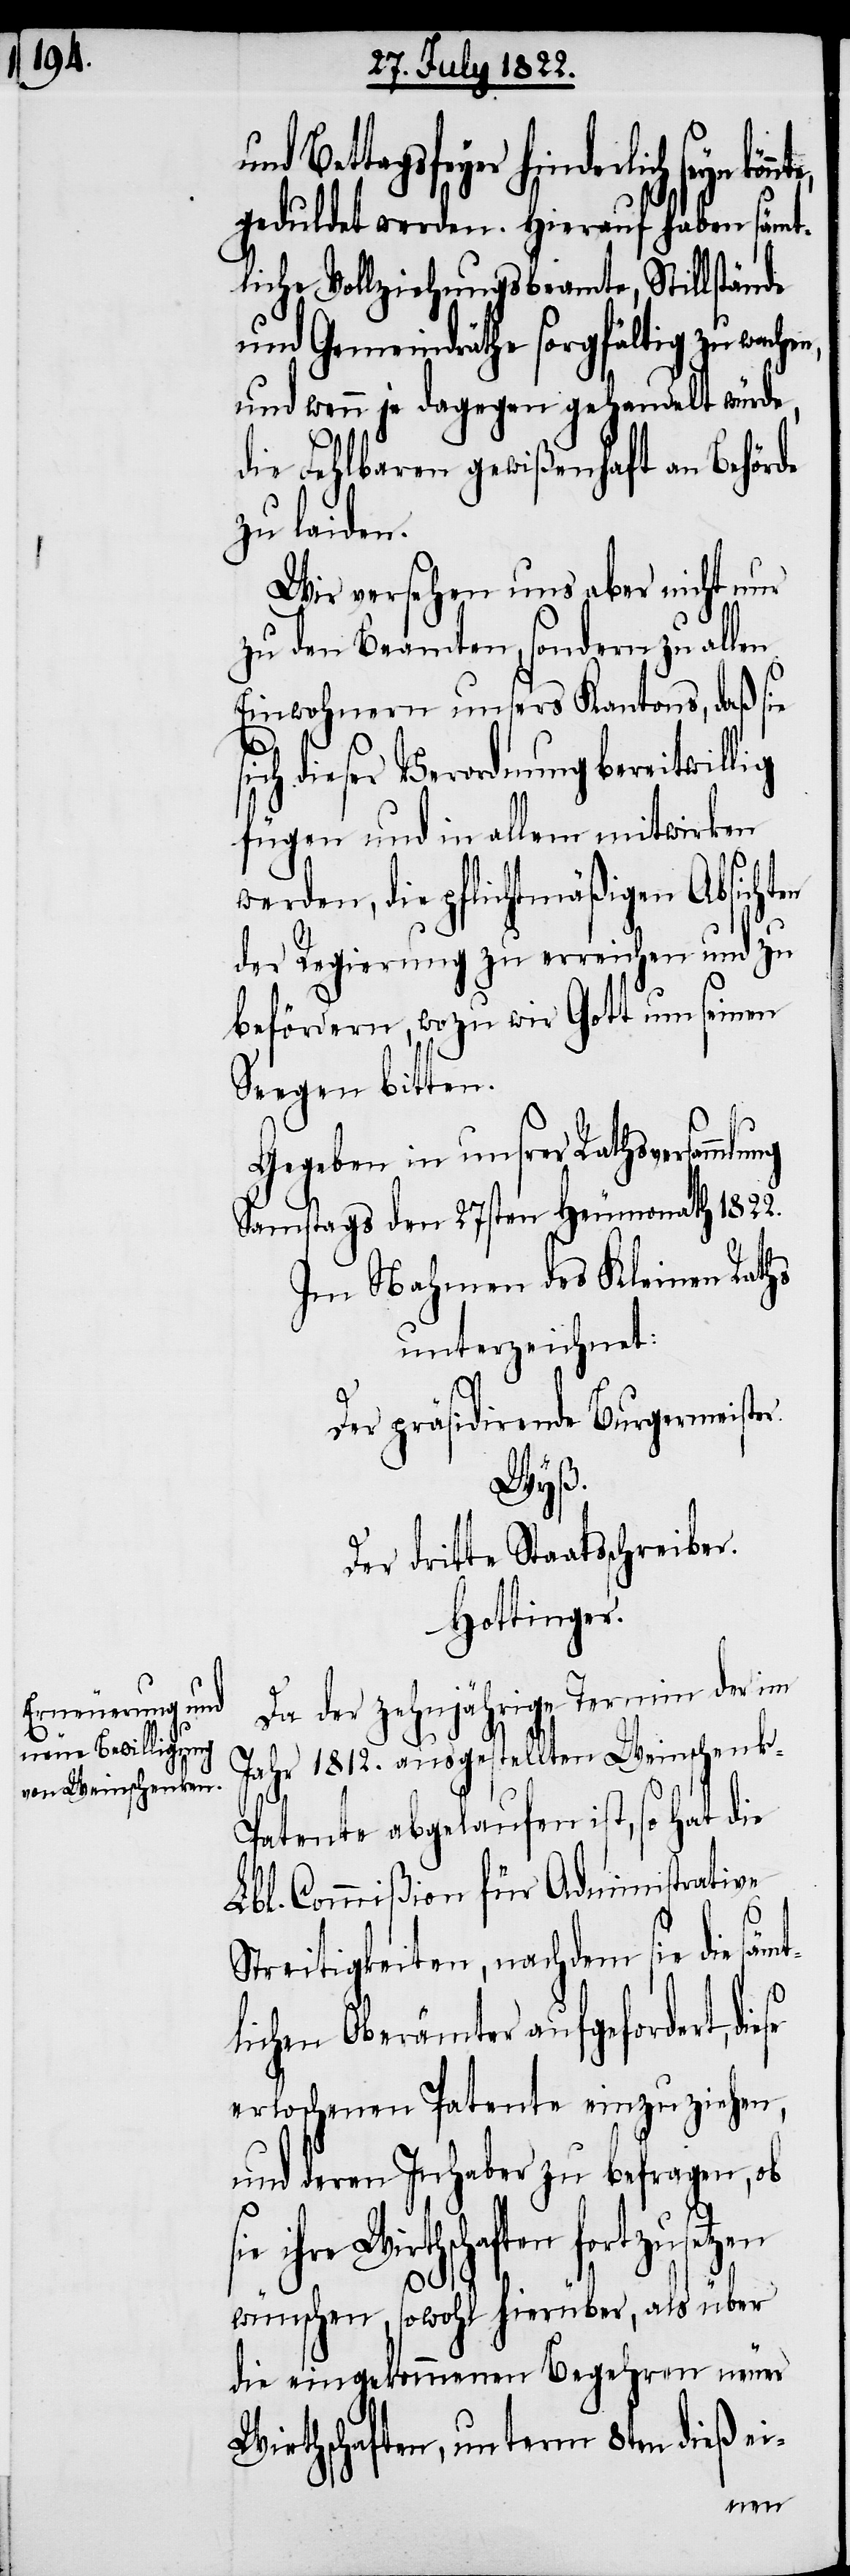
Bettagsfeyer hinderlich seyn
geduldet werden. Hierauf haben sämt¬
liche Vollziehungsbeamte, Stillstände
und Gemeindräthe sorgfältig zu wach¬
und wenn je dagegen gehandelt würde,
die Fehlbaren gewißenhaft an Behörde
zu laiden.
Wir versehen uns aber nicht nur
zu den Beamten, sondern zu allen
Einwohnern unsers Kantons, daß sie
ich dieser Verordnung bereitwillig
fügen und in allem mitwirken
werden, die pflichtmäßigen Absichten
der Regierung zu erreichen und zu
befördern, wozu wir Gott um seinen
Seegen bitten.
Gegeben in unsrer Rathsversamml¬
Samstags den 27sten Heumonath 1822.
Im Nahmen des Kleinen Raths
unterzeichnet:
ung
Der präsidirende Burgermeister.
diese
dritte Staatsschreiber.
Hottinger.
Da der zehnjährige Termin der im
Jahr 1812. ausgestellten Weinschenk-P¬
atente abgelaufen ist, so hat die
Lbl. Commißion für Administrative
Streitigkeiten, nachdem sie die sämt¬
lichen Oberämter aufgefordert,
erloschenen Patente einzuziehen,
und deren Inhaber zu befragen, ob
sie ihre Wirthschaften forzusetzen
wünschen, sowohl hierüber, als über
die eingekommenen Begehren neuer
Wirthschaften, unterm 8ten dieß ei-
en,